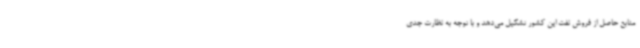
منابع حاصل از فروش نفت این کشور تشکیل می‌دهد و با توجه به نظارت جدی